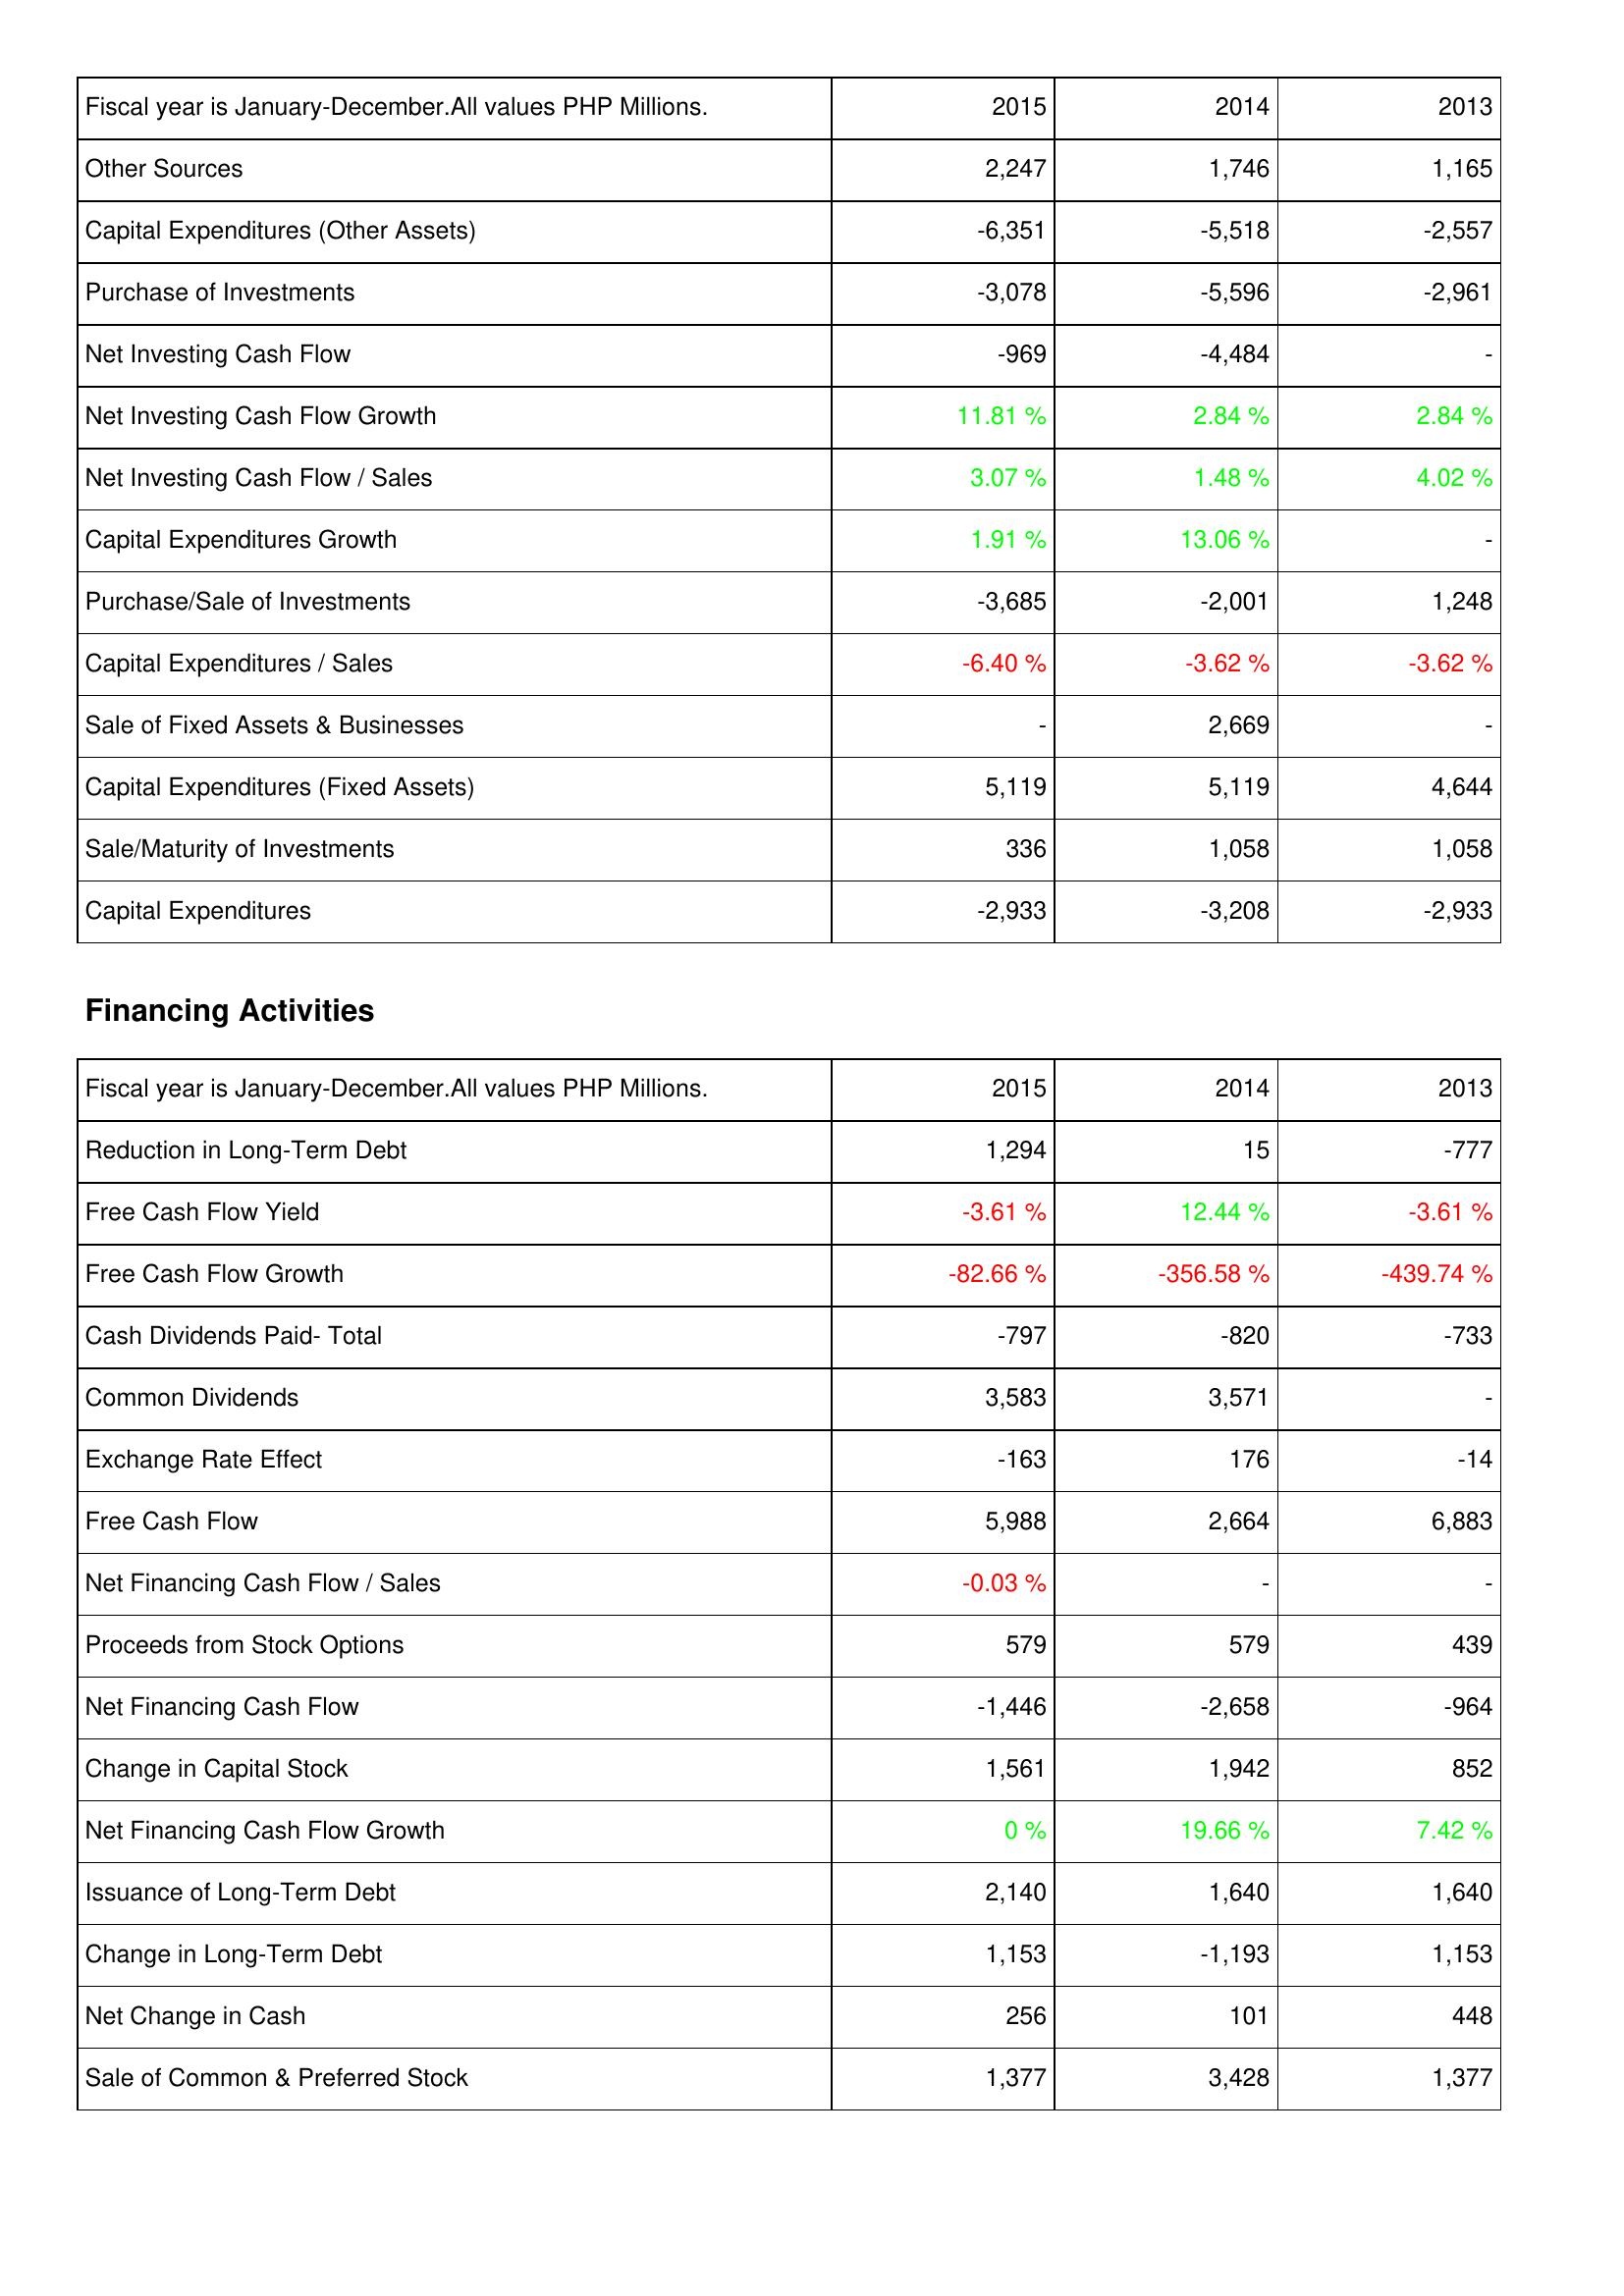
2015: Investing Activities: Other Sources: 2,247
Capital Expenditures (Other Assets): -6,351
Purchase of Investments: -3,078
Net Investing Cash Flow: -969
Net Investing Cash Flow Growth: 11.81 %
Net Investing Cash Flow / Sales: 3.07 %
Capital Expenditures Growth: 1.91 %
Purchase/Sale of Investments: -3,685
Capital Expenditures / Sales: -6.40 %
Sale of Fixed Assets & Businesses: -
Capital Expenditures (Fixed Assets): 5,119
Sale/Maturity of Investments: 336
Capital Expenditures: -2,933
Financing Activities: Reduction in Long-Term Debt: 1,294
Free Cash Flow Yield: -3.61 %
Free Cash Flow Growth: -82.66 %
Cash Dividends Paid- Total: -797
Common Dividends: 3,583
Exchange Rate Effect: -163
Free Cash Flow: 5,988
Net Financing Cash Flow / Sales: -0.03 %
Proceeds from Stock Options: 579
Net Financing Cash Flow: -1,446
Change in Capital Stock: 1,561
Net Financing Cash Flow Growth: 0 %
Issuance of Long-Term Debt: 2,140
Change in Long-Term Debt: 1,153
Net Change in Cash: 256
Sale of Common & Preferred Stock: 1,377
2014: Investing Activities: Other Sources: 1,746
Capital Expenditures (Other Assets): -5,518
Purchase of Investments: -5,596
Net Investing Cash Flow: -4,484
Net Investing Cash Flow Growth: 2.84 %
Net Investing Cash Flow / Sales: 1.48 %
Capital Expenditures Growth: 13.06 %
Purchase/Sale of Investments: -2,001
Capital Expenditures / Sales: -3.62 %
Sale of Fixed Assets & Businesses: 2,669
Capital Expenditures (Fixed Assets): 5,119
Sale/Maturity of Investments: 1,058
Capital Expenditures: -3,208
Financing Activities: Reduction in Long-Term Debt: 15
Free Cash Flow Yield: 12.44 %
Free Cash Flow Growth: -356.58 %
Cash Dividends Paid- Total: -820
Common Dividends: 3,571
Exchange Rate Effect: 176
Free Cash Flow: 2,664
Net Financing Cash Flow / Sales: -
Proceeds from Stock Options: 579
Net Financing Cash Flow: -2,658
Change in Capital Stock: 1,942
Net Financing Cash Flow Growth: 19.66 %
Issuance of Long-Term Debt: 1,640
Change in Long-Term Debt: -1,193
Net Change in Cash: 101
Sale of Common & Preferred Stock: 3,428
2013: Investing Activities: Other Sources: 1,165
Capital Expenditures (Other Assets): -2,557
Purchase of Investments: -2,961
Net Investing Cash Flow: -
Net Investing Cash Flow Growth: 2.84 %
Net Investing Cash Flow / Sales: 4.02 %
Capital Expenditures Growth: -
Purchase/Sale of Investments: 1,248
Capital Expenditures / Sales: -3.62 %
Sale of Fixed Assets & Businesses: -
Capital Expenditures (Fixed Assets): 4,644
Sale/Maturity of Investments: 1,058
Capital Expenditures: -2,933
Financing Activities: Reduction in Long-Term Debt: -777
Free Cash Flow Yield: -3.61 %
Free Cash Flow Growth: -439.74 %
Cash Dividends Paid- Total: -733
Common Dividends: -
Exchange Rate Effect: -14
Free Cash Flow: 6,883
Net Financing Cash Flow / Sales: -
Proceeds from Stock Options: 439
Net Financing Cash Flow: -964
Change in Capital Stock: 852
Net Financing Cash Flow Growth: 7.42 %
Issuance of Long-Term Debt: 1,640
Change in Long-Term Debt: 1,153
Net Change in Cash: 448
Sale of Common & Preferred Stock: 1,377